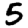
Digit: 5